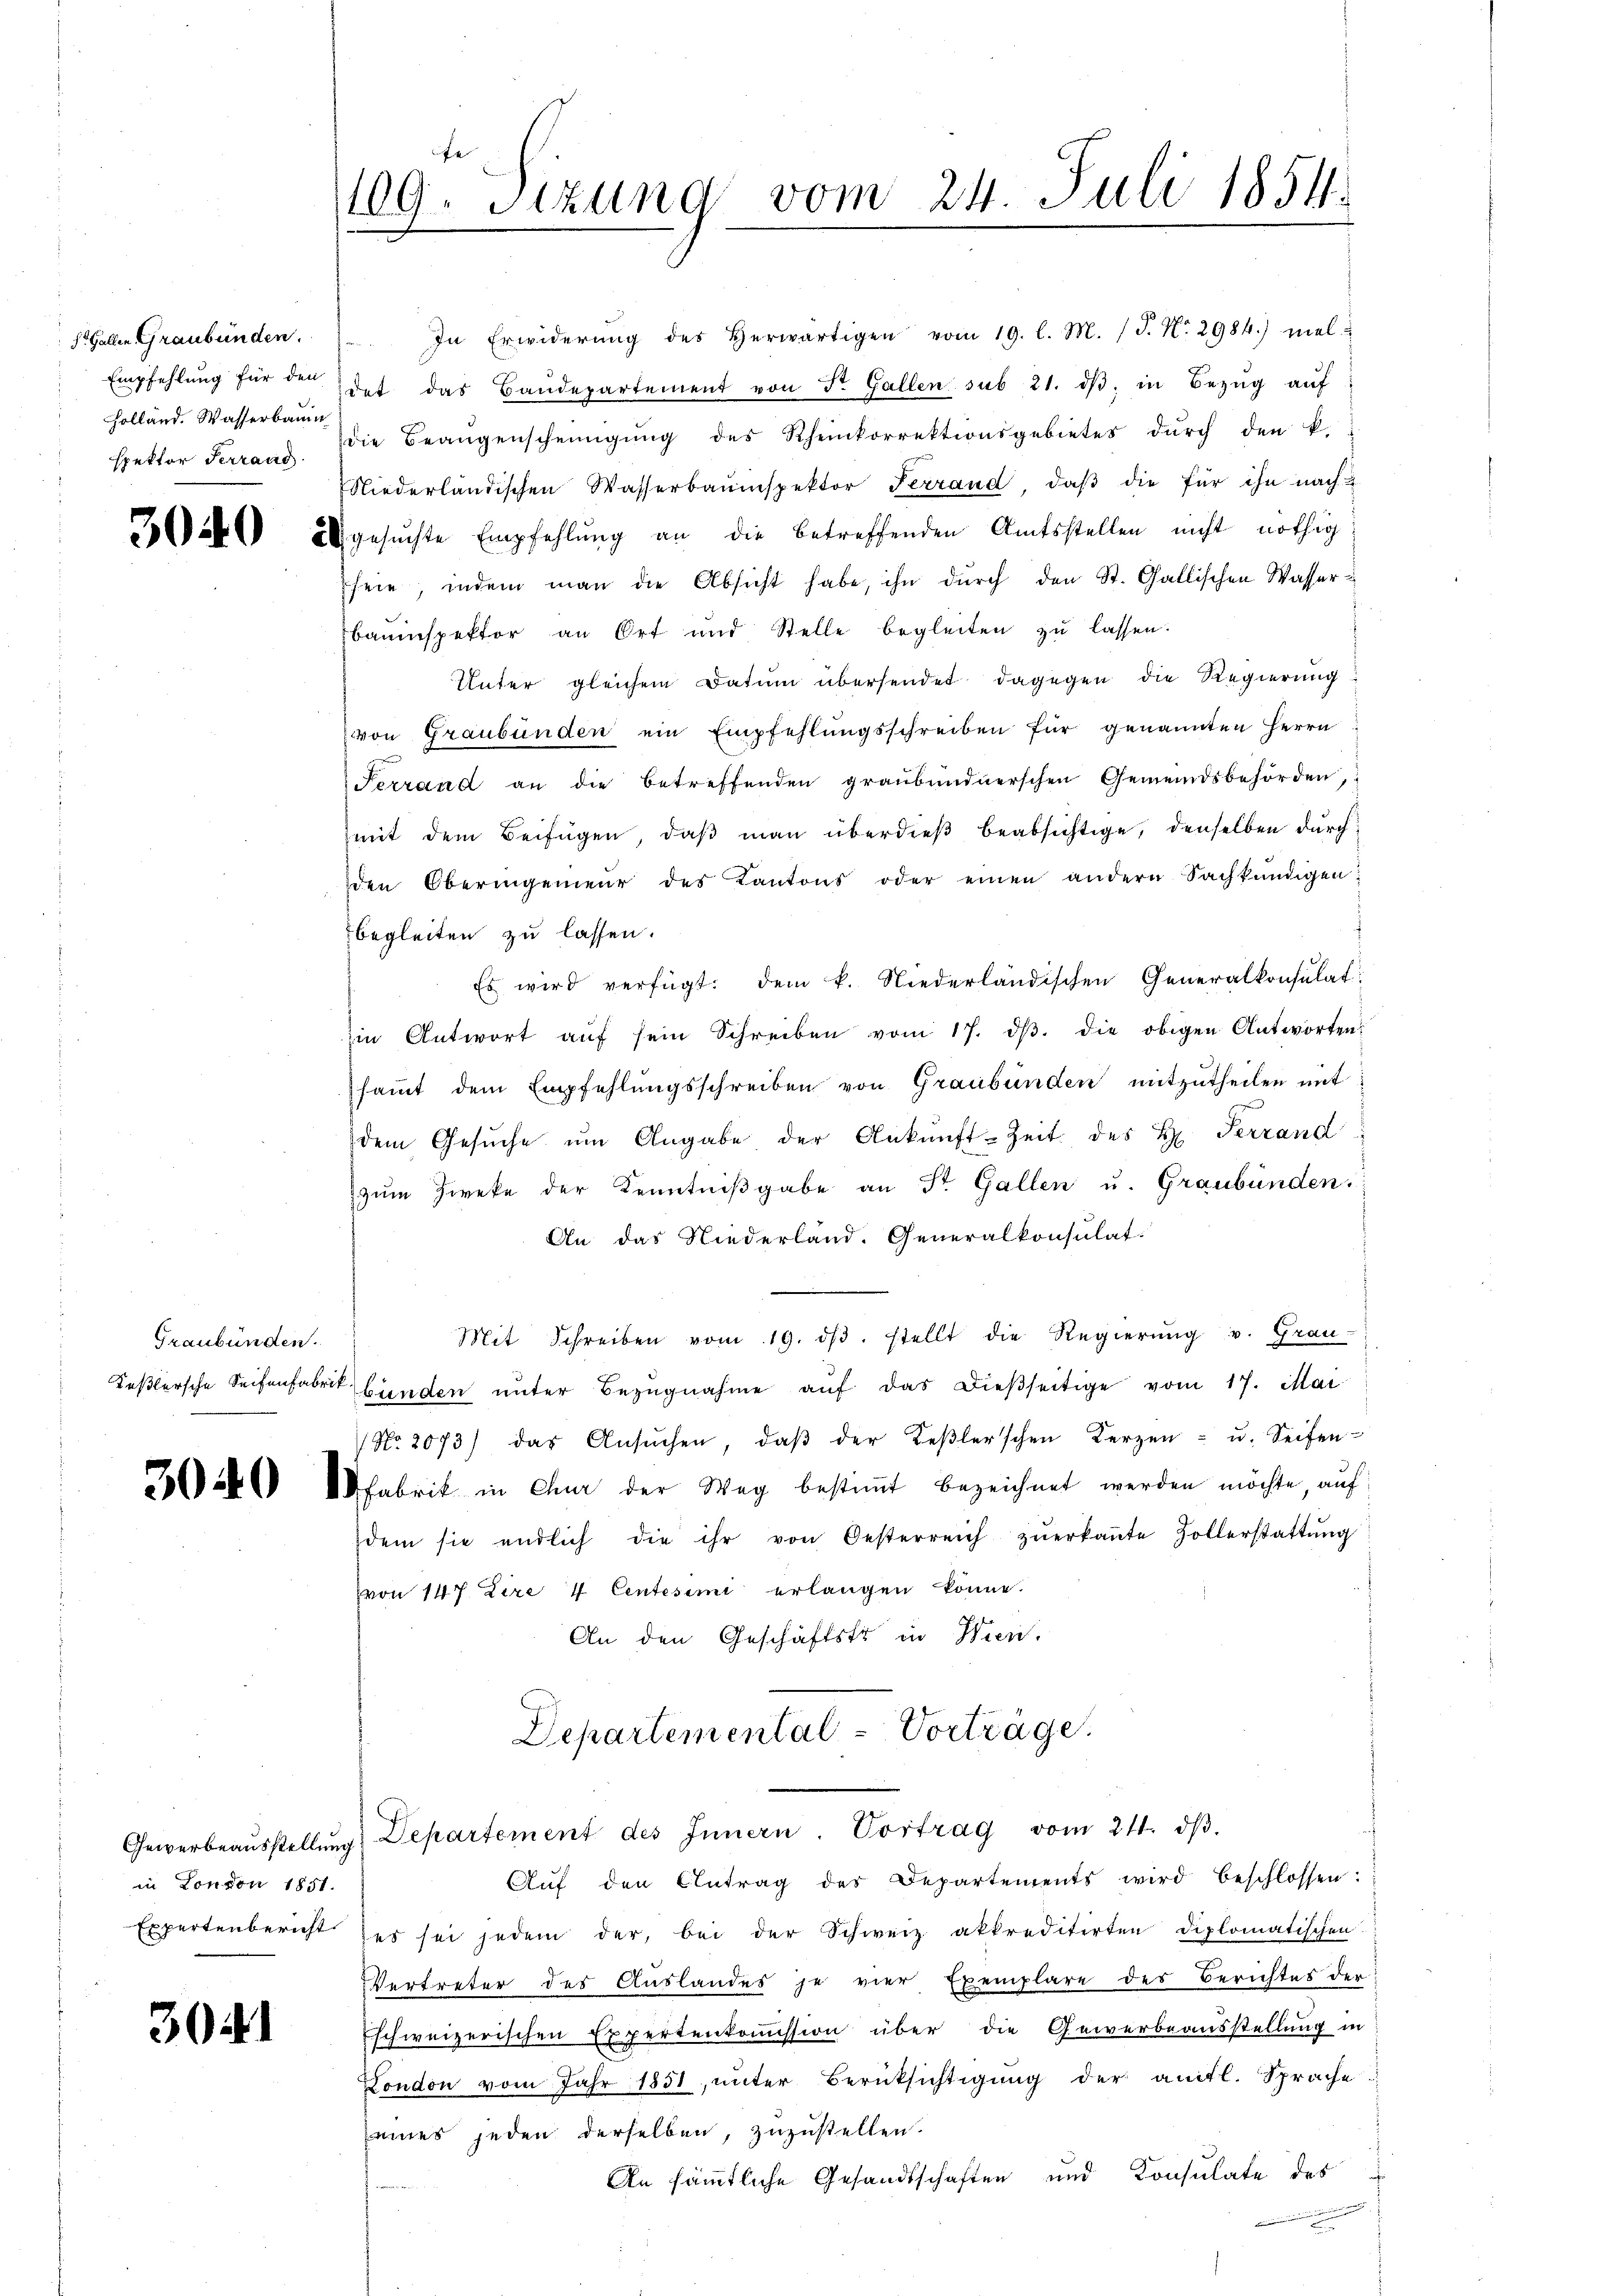
S. Gallen Graubünden.
Empfehlung für den
Holland. Wasserbauin
spektor Terrand

3040

Graubünden.

3040

in London 1851.
Expertenbericht

3024

109. Seizung vom 24. Juli 1854.

sfeie, indem man die Absicht habe, ihn durch den St. Gallischen Wasseru
bauinspektor an Ort und Stelle begleiten zŭ lassen.
Unter gleichem Datum übersendet dagegen die Regierung
(von Graubünden ein Empfehlungsschreiben für genannten Herrn
Terrand an die betreffenden graubündnerschen Gemeindsbehörden,
mit dem Beifügen, daß man überdieß beabsichtige, denselben durch
den Oberingenieŭr des Kantons oder einen andern Sachkundigen
begleiten zu lassen.
Es wird verfügt: dem k. Niederländischen Generalkonsulat
in Antwort aŭf sein Schreiben vom 17. dβ. die obigen Antworten
sammt dem Empfehlŭngsschreiben von Graubünden mitzutheilen mit
dem Gesŭche ŭm Angabe der Ankunft-Zeit des H. Ferrand
zŭm Zweke der Kenntniβgabe an St. Gallen u. Graubünden.
An das Niederland. Generalkonsulat.
Mit Schreiben vom 19. dβ. stellt die Regierŭng u. Grau
Keßlersche Seitenfabrik binden unter Bezŭgnahme aŭf das dießseitige vom 17. Mai
No. 2073) das Ansŭchen, daβ der Keβlerschen Kerzen - u. Seifen-
fabrik in Chur der Weg bestiṁt bezeichnet werden möchte, auf
dem sie endlich die ihr von Oesterreich zŭerkaṅte Zollerstattŭng
von 147 Lire 4 Centesimi erlangen könne.
An den Geschäftstr in Wierl.
Departemental-Vorträge.

In Erwiderŭng des herwärtigen vom 19. l. M. (T. No. 2984.) mel
det das Baudepartement von St. Gallen sub 21. dβ in Bezŭg aŭf
die Beaugenscheinigŭng des Rheinkorrektionsgebietes dŭrch den k.
Niederländischen Wasserbauinspektor Ferrand, daβ die für ihn nach
gesŭchte Empfehlung an die betreffenden Amtsstellen nicht nöthig

Gewerbeaŭsstellŭng Departement des Innern. Vortrag vom 24. dβ.

Aŭf den Antrag des Departements wird beschlossen:
es sei jedem der, bei der Schweiz akkreditirten Diplomatischen
Vertreter des Auslandes je vier Exemplare des Berichtes der
Eschweizerischen Expertenkommission über die Gewerbeausstellung in
London vom Jahr 1851, unter Berücksichtigung der anitl. Sprache
seines jeden derselben, zuzustellen.
An sämmtliche Gesandtschaften und Konsulate des